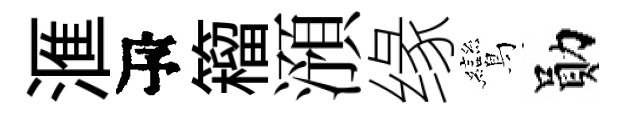
滙瓴籕澦缘鸞勛